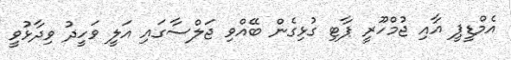
އެމްޑީޕީ އާއި ޖުމްހޫރީ ޕާޓި ގުޅިގެން ބޭއްވި ޖަލްސާގައި އަލީ ވަހީދު ވިދާޅުވީ